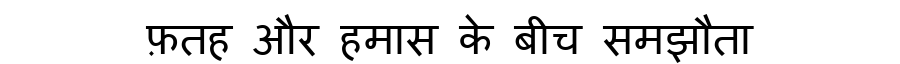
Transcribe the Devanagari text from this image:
फ़तह और हमास के बीच समझौता